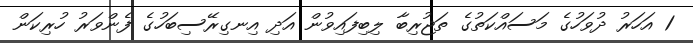
1 އަހަރު ދުވަހުގެ މަސައްކަތުގެ ތަޖުރިބާ ލިބިފައިވުން އަދި އިނގިރޭސިބަހުގެ ފެންވަރު ހުރިކަން